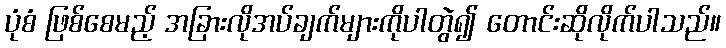
ပုံစံ ဖြစ်စေမည့် အခြားလိုအပ်ချက်များကိုပါတွဲ၍ တောင်းဆိုလိုက်ပါသည်။